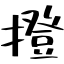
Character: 撜